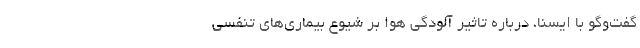
گفت‌وگو با ایسنا، درباره تاثیر آلودگی هوا بر شیوع بیماری‌های تنفسی